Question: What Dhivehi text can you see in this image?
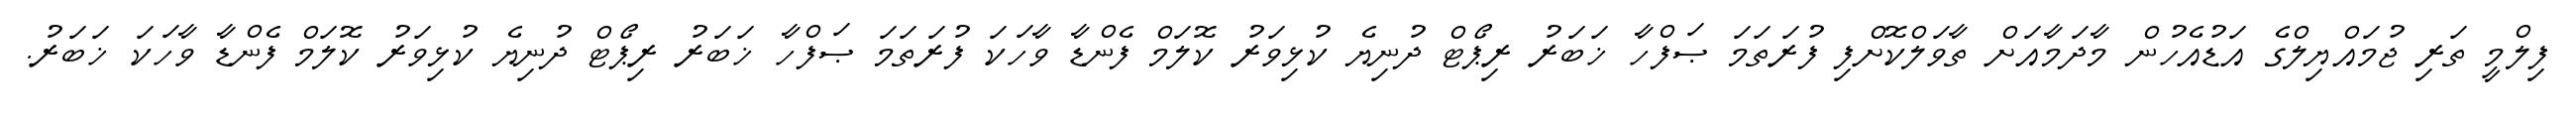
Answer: ފިލްމީ ތަރި ޖުމައްޔިލްގެ އަޑުއެހުން މާދަމާއަށް ތާވަލްކޮށްފި ފުރަތަމަ ޞަފްހާ ޚަބަރު ރިޕޯޓް ދުނިޔެ ކުޅިވަރު ކޮލަމް ފެންޑާ ވާހަކަ ފުރަތަމަ ޞަފްހާ ޚަބަރު ރިޕޯޓް ދުނިޔެ ކުޅިވަރު ކޮލަމް ފެންޑާ ވާހަކަ ޚަބަރު.